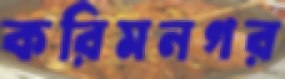
করিমনগর